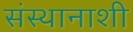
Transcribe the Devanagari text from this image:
संस्थानाशी